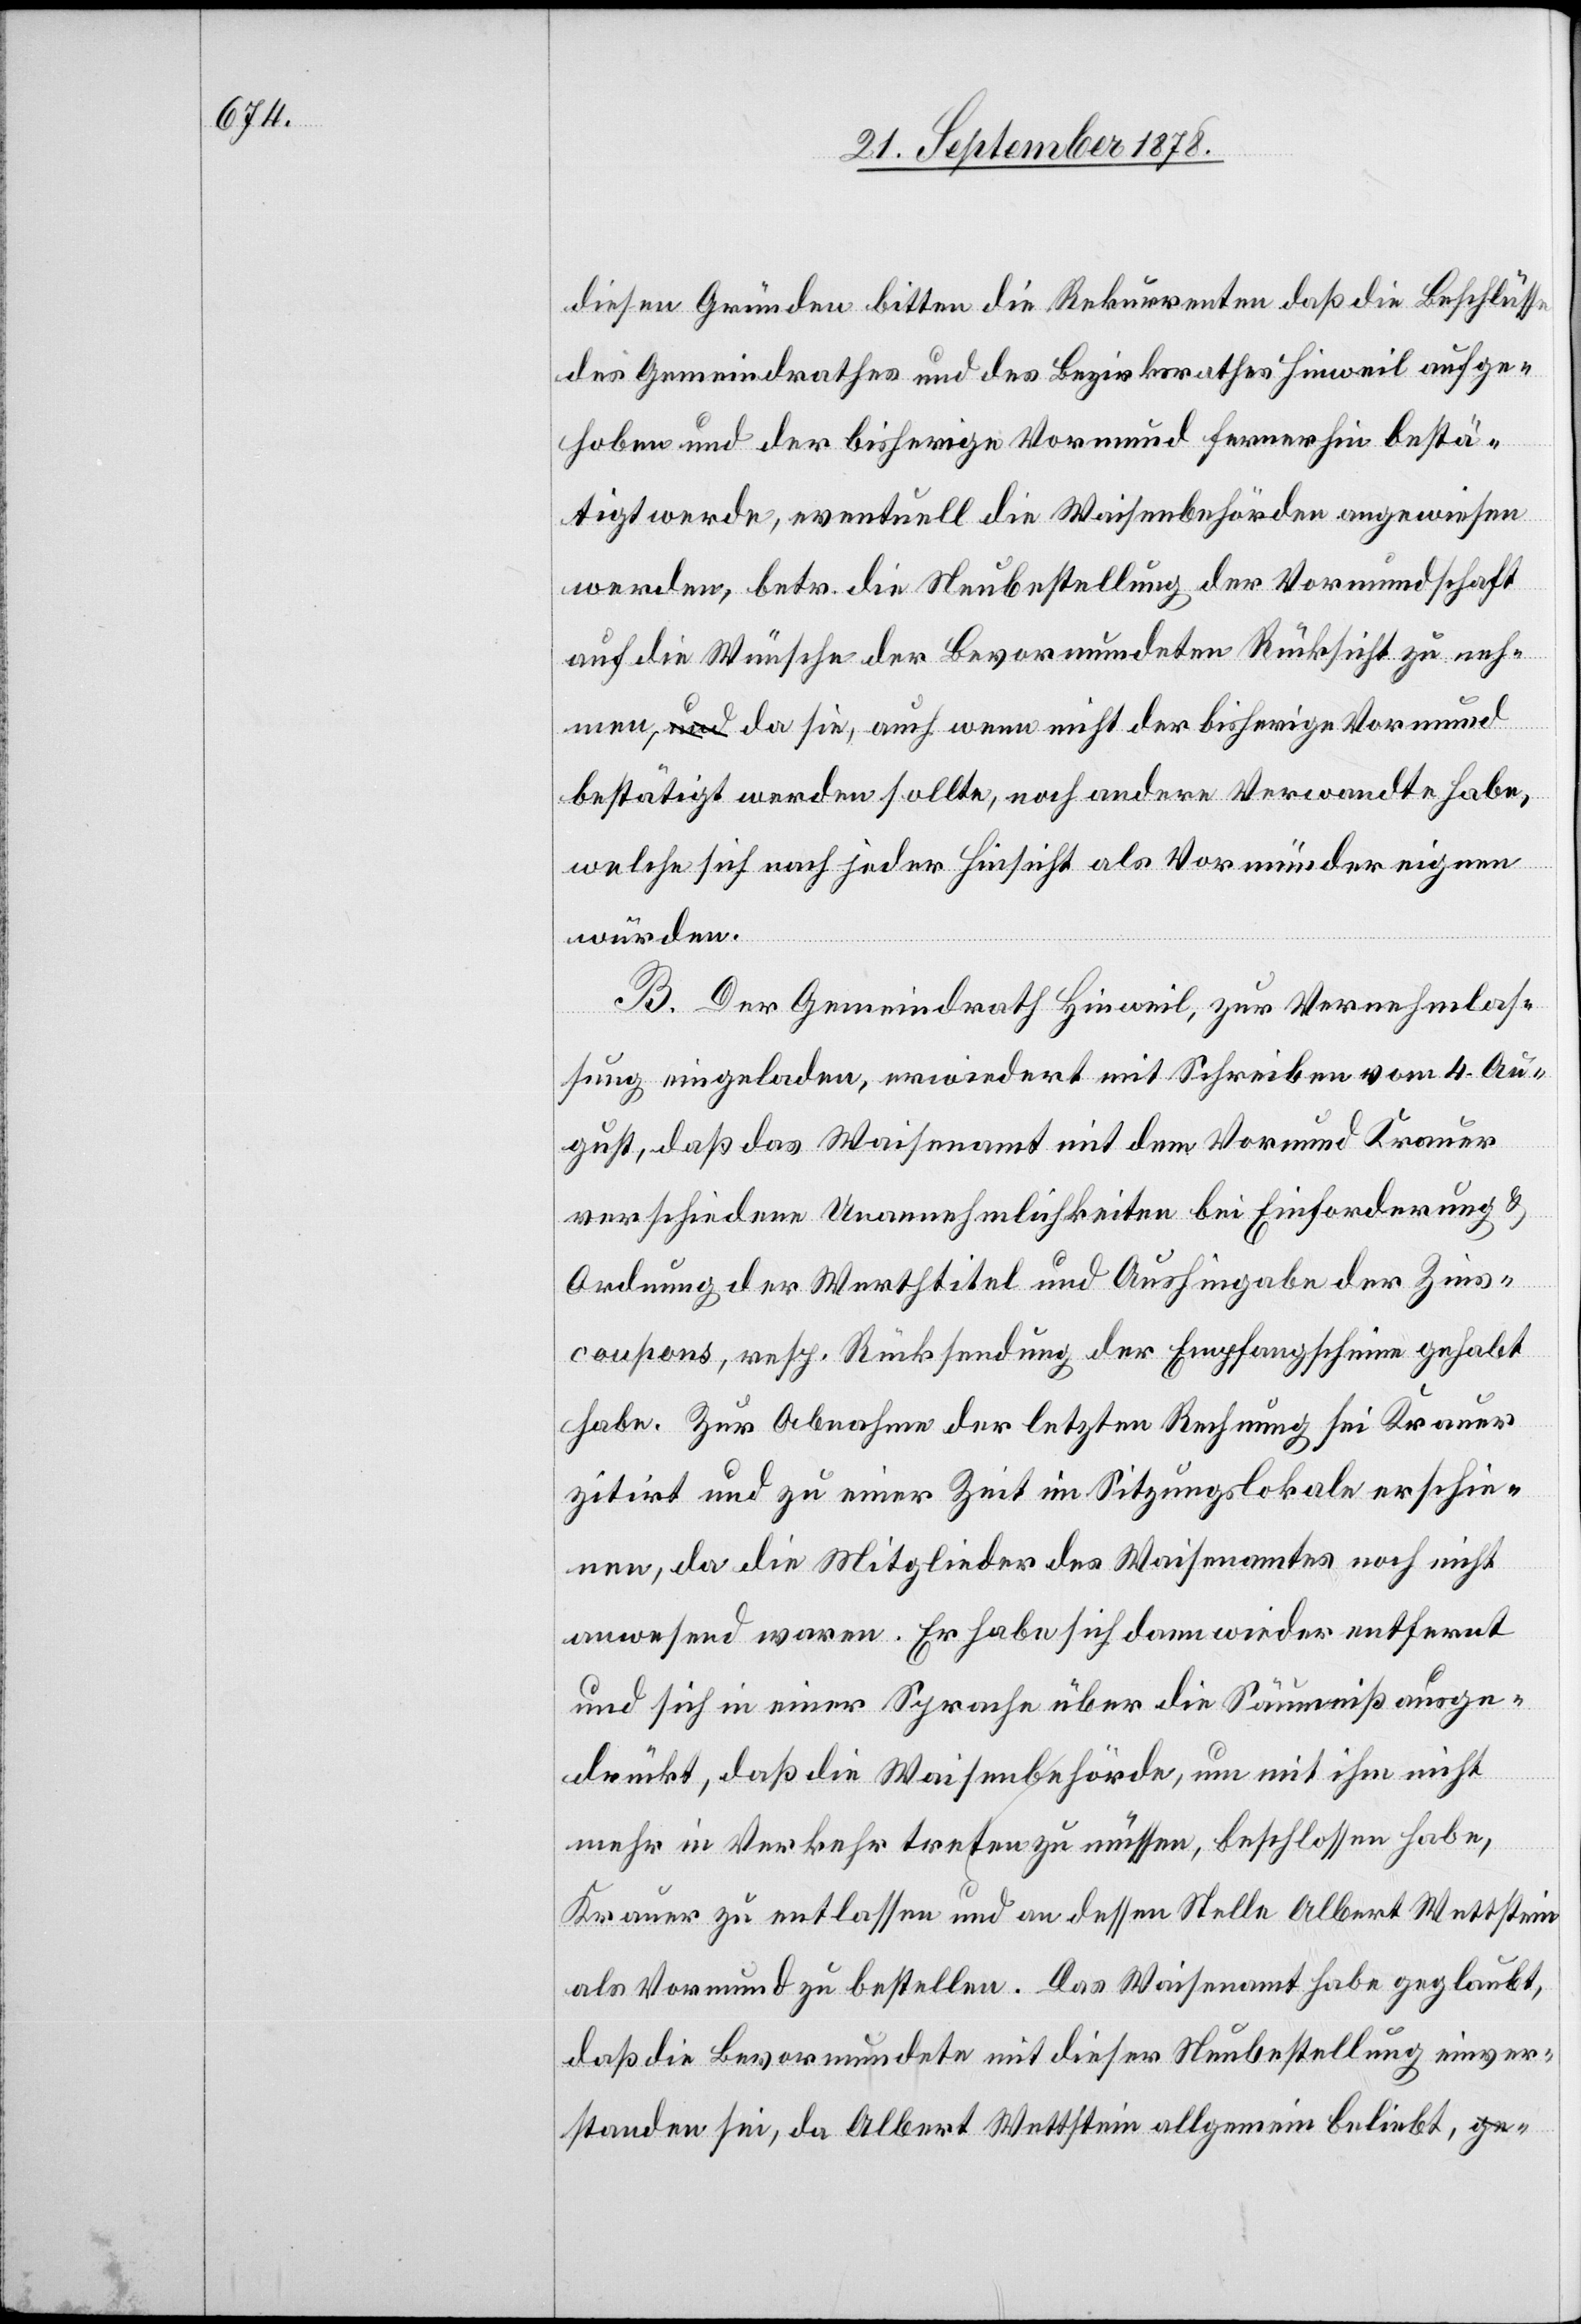
diesen Gründen bitten die Rekurrenten daß die Beschlüsse
des Gemeindrathes und des Bezirksrathes Hinweil aufge¬
hoben und der bisherige Vormund fernerhin bestä¬
tigt werde, eventuell die Waisenbehörden angewiesen
werden, betr. die Neubestellung der Vormundschaft
auf die Wünsche der Bevormundeten Rücksicht zu neh¬
men, da sie, auch wenn nicht der bisherige Vormund
bestätigt werden sollte, noch andere Verwandte habe,
welche sich nach jeder Hinsicht als Vormünder eignen
würden.
B. Der Gemeindrath Hinweil, zur Vernehmlas¬
sung eingeladen, erwiedert mit Schreiben vom 4. Au¬
gust, daß das Waisenamt mit dem Vormund Krauer
verschiedene Unannehmlichkeiten bei Einforderung &
Ordnung der Werthtitel und Aushingabe der Zins¬
coupons, resp. Rücksendung der Empfangscheine gehabt
habe. Zur Abnahme der letzten Rechnung sei Krauer
zitirt und zu einer Zeit im Sitzungslokale erschie¬
nen, da die Mitglieder des Waisenamtes noch nicht
anwesend waren. Er habe sich dann wieder entfernt
und sich in einer Sprache über die Säumniß ausge¬
drückt, daß die Waisenbehörde, um mit ihm nicht
mehr in Verkehr treten zu müssen, beschlossen habe,
Krauer zu entlassen und an dessen Stelle Albert Wettstein
als Vormund zu bestellen. Das Waisenamt habe geglaubt,
daß die Bevormundete mit dieser Neubestelleung einver¬
standen sei, da Albert Wettstein allgemein beliebt,